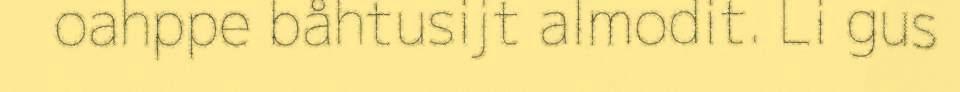
oahppe båhtusijt almodit. Li gus